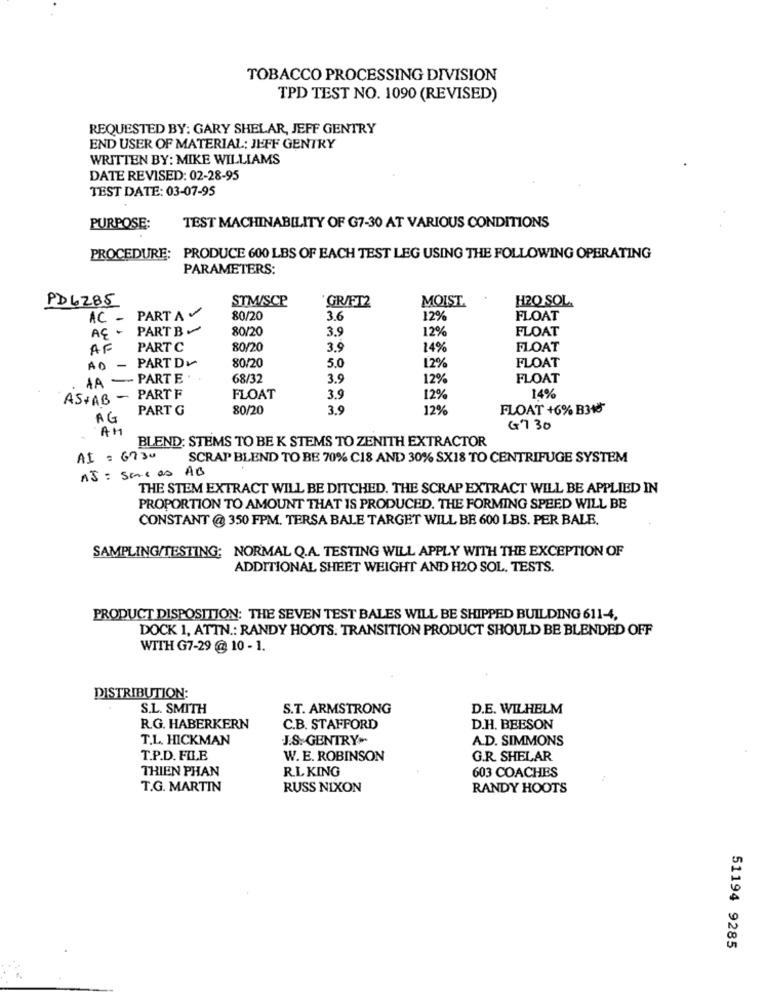
TOBACCO PROCESSING DIVISION
TPD TEST NO. 1090 (REVISED)
REQUESTED BY: GARY SHELAR, JEFF GENTRY
END USER OF MATERIAL: JEFF GENTRY
WRITTEN BY: MIKE WILLIAMS
DATE REVISED: 02-28-95
TEST DATE: 03-07-95
PURPOSE:
TEST MACHINABILITY OF G7-30 AT VARIOUS CONDITIONS
PROCEDURE:
PRODUCE 600 LBS OF EACH TEST LEG USING THE FOLLOWING OPERATING
PARAMETERS:
PD6285
STM/SCP
GRAFT2
MOIST.
H2O SOL.
AC - PART A
80/20
3.6
12%
FLOAT
AÇ - PART B
80/20
3.9
12%
FLOAT
AF
PART C
80/20
3.9
14%
FLOAT
80/20
12%
FLOAT
AD -
PART DI
5.0
AA - PARTE
68/32
3.9
12%
FLOAT
AS+AB - PARTF
FLOAT
3.9
12%
14%
PART G
80/20
3.9
12%
FLOAT +6% B318
AG
AM
G7 30
BLEND: STEMS TO BE K STEMS TO ZENITH EXTRACTOR
AI = 6730
SCRAP BLEND TO BE 70% C18 AND 30% SX18 TO CENTRIFUGE SYSTEM
AJ : sacas AB
THE STEM EXTRACT WILL BE DITCHED. THE SCRAP EXTRACT WILL BE APPLIED IN
PROPORTION TO AMOUNT THAT IS PRODUCED. THE FORMING SPEED WILL BE
CONSTANT @ 350 FPM. TERSA BALE TARGET WILL BE 600 LBS. PER BALE.
SAMPLING/TESTING: NORMAL Q.A. TESTING WILL APPLY WITH THE EXCEPTION OF
ADDITIONAL SHEET WEIGHT AND H2O SOL. TESTS.
PRODUCT DISPOSITION: THE SEVEN TEST BALES WILL BE SHIPPED BUILDING 611-4,
DOCK 1, ATTN .: RANDY HOOTS. TRANSITION PRODUCT SHOULD BE BLENDED OFF
WITH G7-29 @ 10 - 1.
DISTRIBUTION:
S.L. SMITH
S.T. ARMSTRONG
D.E. WILHELM
R.G. HABERKERN
C.B. STAFFORD
D.H. BEESON
T.L. HICKMAN
J.S. GENTRY>-
A.D. SIMMONS
T.P.D. FILE
W. E. ROBINSON
G.R. SHELAR
THIEN PHAN
R.L KING
603 COACHES
T.G. MARTIN
RUSS NIXON
RANDY HOOTS
51194 9285